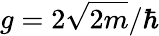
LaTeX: g=2\sqrt{2m}/\hbar